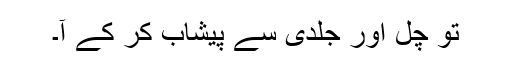
تو چل اور جلدی سے پیشاب کر کے آ۔